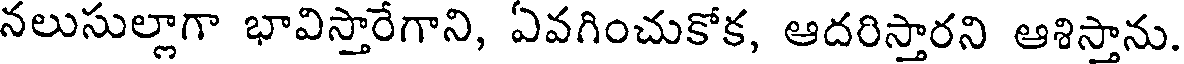
నలుసుల్లాగా భావిస్తారేగాని, ఏవగించుకోక, ఆదరిస్తారని ఆశిస్తాను